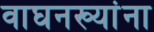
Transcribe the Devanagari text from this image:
वाघनख्यांना